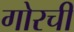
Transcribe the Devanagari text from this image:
गोरची